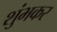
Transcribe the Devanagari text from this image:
शुंभकर